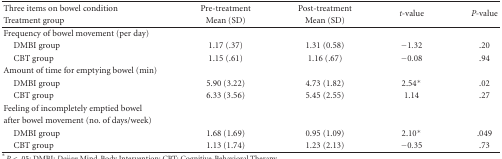
<table><thead><tr><td><b>Three items on bowel condition</b></td><td><b>Pre-treatment</b></td><td><b>Post-treatment</b></td><td rowspan="2"><b><i>t-</i>value</b></td><td rowspan="2"><b><i>P-</i>value</b></td></tr><tr><td><b>Treatment group</b></td><td><b>Mean (SD)</b></td><td><b>Mean (SD)</b></td></tr></thead><tbody><tr><td>Frequency of bowel movement (per day)</td><td></td><td></td><td></td><td></td></tr><tr><td> DMBI group</td><td>1.17 (.37)</td><td>1.31 (0.58)</td><td><i>−1.32</i></td><td>.20</td></tr><tr><td> CBT group</td><td>1.15 (.61)</td><td>1.16 (.67)</td><td><i>−0.08</i></td><td>.94</td></tr><tr><td>Amount of time for emptying bowel (min)</td><td></td><td></td><td></td><td></td></tr><tr><td> DMBI group</td><td>5.90 (3.22)</td><td>4.73 (1.82)</td><td>2.54*</td><td>.02</td></tr><tr><td> CBT group</td><td>6.33 (3.56)</td><td>5.45 (2.55)</td><td>1.14</td><td>.27</td></tr><tr><td>Feeling of incompletely emptied bowel</td><td></td><td></td><td></td><td></td></tr><tr><td> after bowel movement (no. of days/week)</td><td></td><td></td><td></td><td></td></tr><tr><td> DMBI group</td><td>1.68 (1.69)</td><td>0.95 (1.09)</td><td>2.10*</td><td>.049</td></tr><tr><td> CBT group</td><td>1.13 (1.74)</td><td>1.23 (2.13)</td><td><i>−0.35</i></td><td>.73</td></tr></tbody></table>